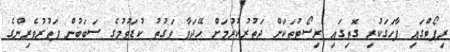
ރިޕޯޓްގައި ފާހަގަކުރި ގޮތިގައި ރިސޯޓުތަކަށް ދަތުރުކުރުމަށް ހޭދަވާ ވަގުތު ކުޑަވުމުގެ ސަބަބުން ފަތުރުވެރިންގެ